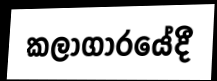
කලාගාරයේදී